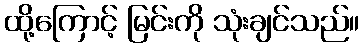
ထို့ကြောင့် မြင်းကို သုံးချင်သည်။